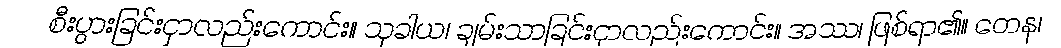
စီးပွားခြင်းငှာလည်းကောင်း။ သုခါယ၊ ချမ်းသာခြင်းငှာလည်းကောင်း။ အဿ၊ ဖြစ်ရာ၏။ တေန၊